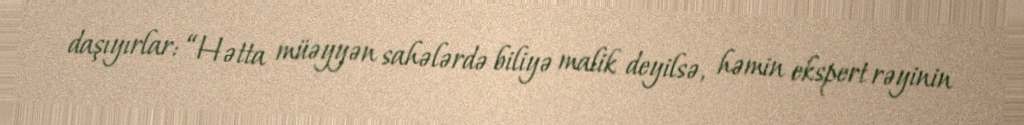
daşıyırlar: “Hətta müəyyən sahələrdə biliyə malik deyilsə, həmin ekspert rəyinin